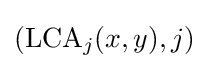
(\mathrm {LCA} _{j}(x,y),j)